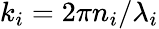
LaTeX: k_{i}=2\pi n_{i}/\lambda_{i}